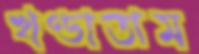
খণ্ডাতাম